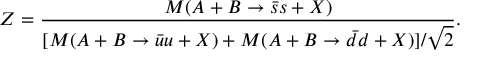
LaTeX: Z = \frac { M ( A + B \rightarrow \bar { s } s + X ) } { [ M ( A + B \rightarrow \bar { u } u + X ) + M ( A + B \rightarrow \bar { d } d + X ) ] / \sqrt { 2 } } .